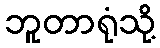
ဘူတာရုံသို့